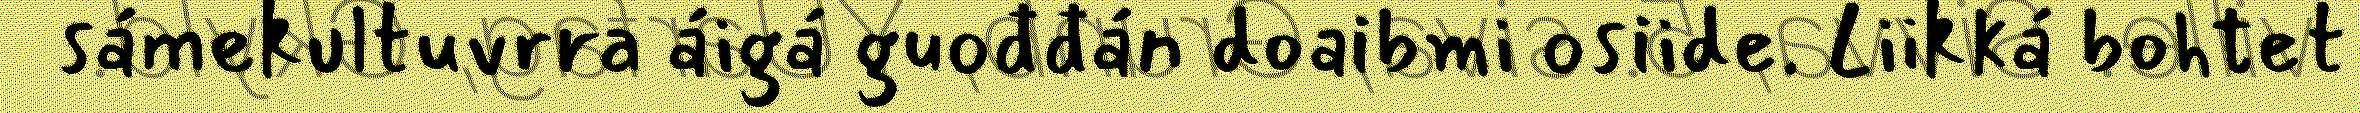
sámekultuvrra áigá guođđán doaibmi osiide. Liikká bohtet